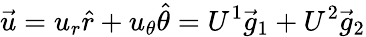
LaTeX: \vec{u}=u_{r}\hat{r}+u_{\theta}\hat{\theta}=U^{1}\vec{g}_{1}+U^{2}\vec{g}_{2}